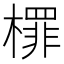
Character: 檌